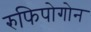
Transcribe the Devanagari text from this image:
रुफिपोगोन